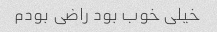
خیلی خوب بود راضی بودم